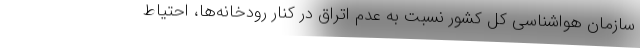
سازمان هواشناسی کل کشور نسبت به عدم اتراق در کنار رودخانه‌ها، احتیاط